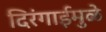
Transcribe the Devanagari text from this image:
दिरंगाईमुळे